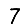
Digit: 7